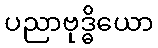
ပညာဗုဒ္ဓိယော